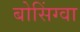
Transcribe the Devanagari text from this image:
बोसिंग्वा